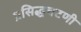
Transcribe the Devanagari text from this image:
प्रसिद्धचटणी